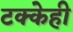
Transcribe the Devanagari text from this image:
टक्केही